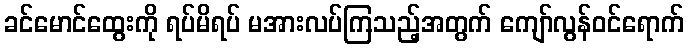
ခင်မောင်ထွေးကို ရပ်မိရပ် မအားလပ်ကြသည့်အတွက် ကျော်လွန်ဝင်ရောက်